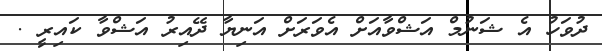
ދުވަހު އެ ޝަނުމް އަޝްވާއަށް އެވަރަށް އަނިޔާ ދޭއިރު އަޝްވާ ކައިރީ .